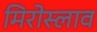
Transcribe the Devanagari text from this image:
मिरोस्लाव